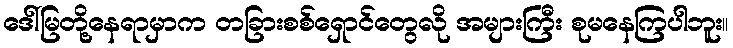
ဒေါ်မြတို့နေရာမှာက တခြားစစ်ရှောင်တွေလို အများကြီး စုမနေကြပါဘူး။